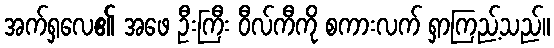
အက်ရှလေ၏ အဖေ ဦးကြီး ဝီလ်ကီကို စကားလက် ရှာကြည့်သည်။